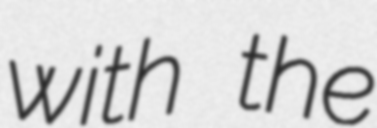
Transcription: with the